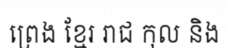
ព្រេង ខ្មែរ រាជ កុល និង